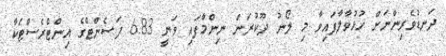
ދަނޑުވެރިންނަށް ހުޅުވާލާފައިވާ މި ލޯނު ދޫކުރަން ނިންމާފައި ވަނީ 6.83 ޕަސެންޓްގެ އިންޓްރެސްޓަކާ